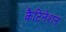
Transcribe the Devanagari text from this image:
कैटिनेशन